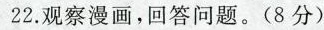
22.观察漫画，回答问题。(8分)